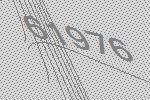
61976